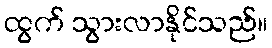
ထွက် သွားလာနိုင်သည်။